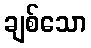
ချစ်သော